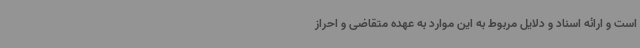
است و ارائه اسناد و دلایل مربوط به این موارد به عهده متقاضی و احراز